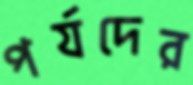
পর্যদের